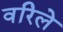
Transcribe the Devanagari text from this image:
वरिले